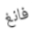
فانغ